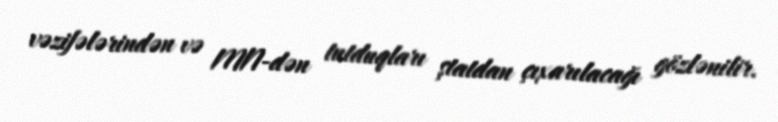
vəzifələrindən və MN-dən tutduqları ştatdan çıxarılacağı gözlənilir.